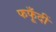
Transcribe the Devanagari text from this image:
फफूँदीं